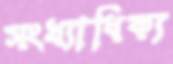
সংখ্যাধিক্য